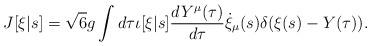
LaTeX: \begin{align*}J[\xi|s] = \sqrt{6} g \int d \tau \iota[\xi|s] \frac{dY^\mu(\tau)}{d\tau} \dot{\xi}_\mu(s) \delta(\xi(s) - Y(\tau)).\end{align*}